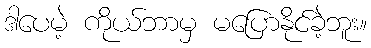
ဒါပေမဲ့ ကိုယ်ဘာမှ မပြောနိုင်ခဲ့ဘူး။